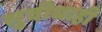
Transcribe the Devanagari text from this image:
सुवीधाही